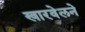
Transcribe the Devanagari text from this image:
खारवेलने